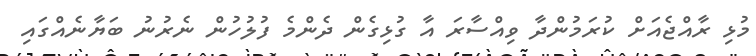
މުޅި ރާއްޖެއަށް ކުރަމުންދާ ވިއްސާރަ އާ ގުޅިގެން ދެންމެ ފުލުހުން ނެރުނު ބަޔާނެއްގައި